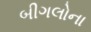
બીગલોના